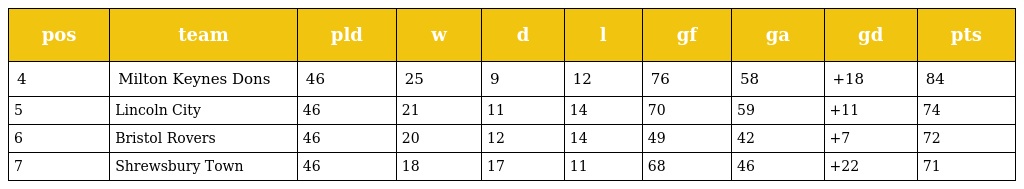
| pos | team | pld | w | d | l | gf | ga | gd | pts |
 | --- | --- | --- | --- | --- | --- | --- | --- | --- | --- |
 | 4 | Milton Keynes Dons | 46 | 25 | 9 | 12 | 76 | 58 | +18 | 84 |
 | 5 | Lincoln City | 46 | 21 | 11 | 14 | 70 | 59 | +11 | 74 |
 | 6 | Bristol Rovers | 46 | 20 | 12 | 14 | 49 | 42 | +7 | 72 |
 | 7 | Shrewsbury Town | 46 | 18 | 17 | 11 | 68 | 46 | +22 | 71 |